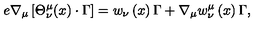
e \nabla _ { \mu } \left[ { \Theta } _ { \nu } ^ { \mu } ( x ) \cdot \Gamma \right] = { w } _ { \nu } \left( x \right) \Gamma + \nabla _ { \mu } { w } _ { \nu } ^ { \mu } \left( x \right) \Gamma ,